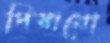
পিষানো